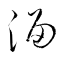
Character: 溜